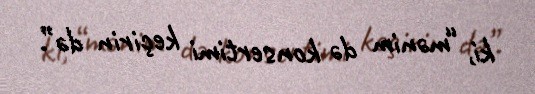
ki, “mənim də konsertimi keçirin də”.